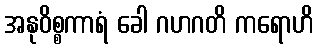
အနုဝိစ္စကာရံ ခေါ ဂဟဂတိ ကရောဟိ